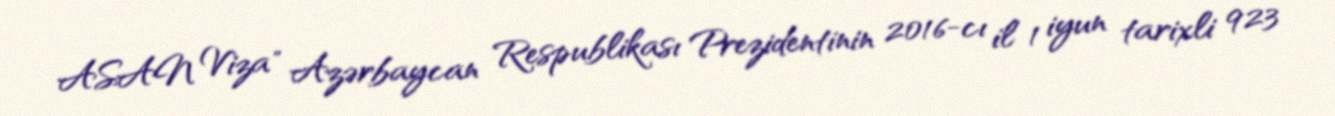
ASAN Viza" Azərbaycan Respublikası Prezidentinin 2016-cı il 1 iyun tarixli 923